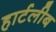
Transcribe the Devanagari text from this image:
हार्टलीब